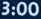
3:00